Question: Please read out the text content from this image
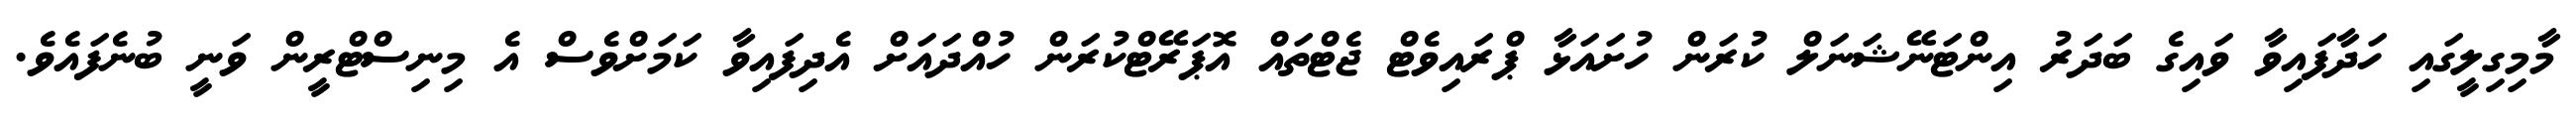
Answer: މާމިގިލީގައި ހަދާފައިވާ ވައިގެ ބަދަރު އިންޓަނޭޝަނަލް ކުރަން ހުށައަޅާ ޕްރައިވެޓް ޖެޓްތައް އޮޕަރޭޓްކުރަން ހުއްދައަށް އެދިފައިވާ ކަމަށްވެސް އެ މިނިސްޓްރީން ވަނީ ބުނެފައެވެ.